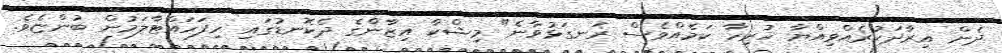
ދެން އިރާދަކުރެއްވިއްޔާ ހުރިހާ ކަމެއްވެސް ރަނގަޅުވާނެ" މިޝްކާ އިޒާންގެ ދެކޮނޑުގައި ހިފަހައްޓާލަމުން ބުންޏެވެ.